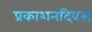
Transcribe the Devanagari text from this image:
प्रकाशनदिवस